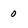
Character: 0